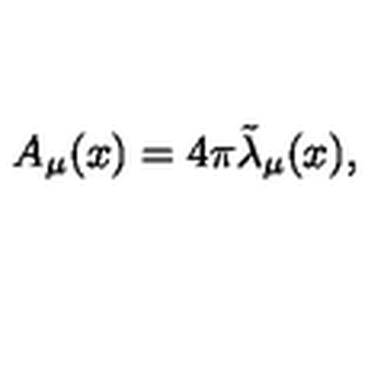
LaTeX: A _ { \mu } ( x ) = 4 \pi { \tilde { \lambda } } _ { \mu } ( x ) ,